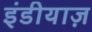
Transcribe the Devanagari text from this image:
इंडीयाज़